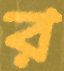
র